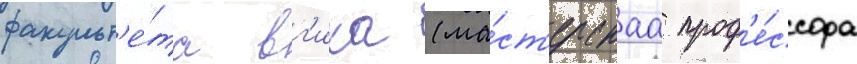
факульт'е́та вг'ика (ма́ст'ерскаа проф'е́ссора